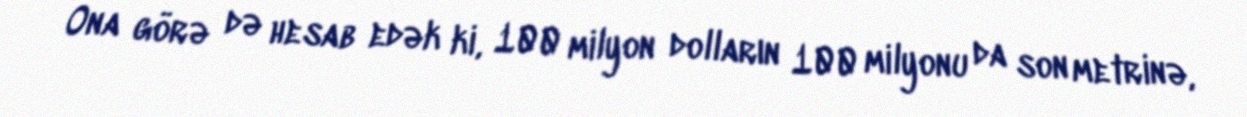
Ona görə də hesab edək ki, 100 milyon dolların 100 milyonu da son metrinə,